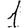
Digit: 1